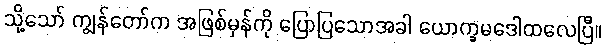
သို့သော် ကျွန်တော်က အဖြစ်မှန်ကို ပြောပြသောအခါ ယောက္ခမဒေါထလေပြီ။